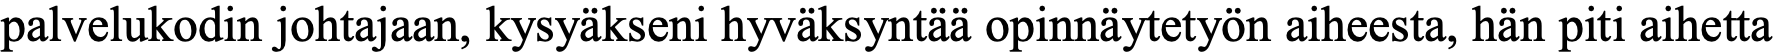
palvelukodin johtajaan, kysyäkseni hyväksyntää opinnäytetyön aiheesta, hän piti aihetta